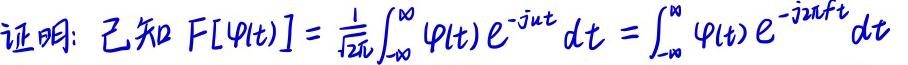
证明：已知 $F[\varphi(t)] = \frac{1}{\sqrt{2\pi}}\int_{-\infty}^{\infty} \varphi(t) e^{-j\omega t} dt = \int_{-\infty}^{\infty} \varphi(t) e^{-j2\pi f t} dt$